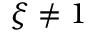
\xi \neq 1